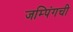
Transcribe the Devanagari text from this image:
जम्पिंगची